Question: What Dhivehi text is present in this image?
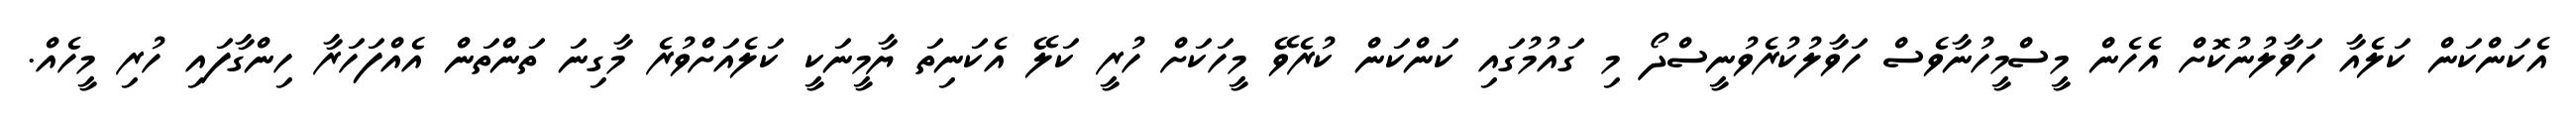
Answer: އެކަންކަން ކަލެއާ ހަވާލުނުކޮށް އެހެން މީސްމީހުނާވެސް ހަވާލުކުރެވުނީސްދޯ މި ގައުމުގައި ކަންކަން ކުރެވޭ މީހަކަށް ހުރީ ކަލޭ އެކަނިތަ ޔާމީނަކީ ކަލެއަށްވުރެ މާގިނަ ތަންތަން އެއްފަހަރާ ހިންގާފައި ހުރި މީހެއް.